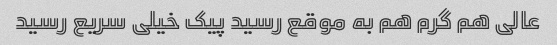
عالی هم گرم هم به موقع رسید پیک خیلی سریع رسید